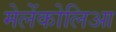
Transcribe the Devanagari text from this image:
मेलेंकोलिआ